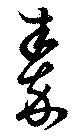
秦